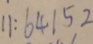
1 1 : 6 4 1 5 2